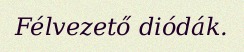
Félvezető diódák.